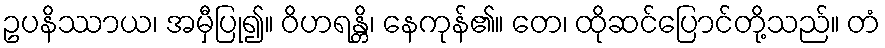
ဥပနိဿာယ၊ အမှီပြု၍။ ဝိဟရန္တိ၊ နေကုန်၏။ တေ၊ ထိုဆင်ပြောင်တို့သည်။ တံ